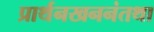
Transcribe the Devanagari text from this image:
प्रार्थनखननंतथा